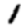
Digit: 1